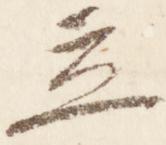
立